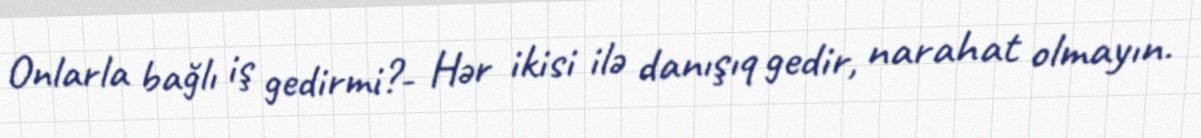
Onlarla bağlı iş gedirmi?- Hər ikisi ilə danışıq gedir, narahat olmayın.